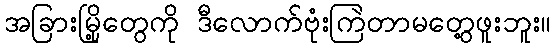
အခြားမြို့တွေကို ဒီလောက်ဗုံးကြဲတာမတွေ့ဖူးဘူး။